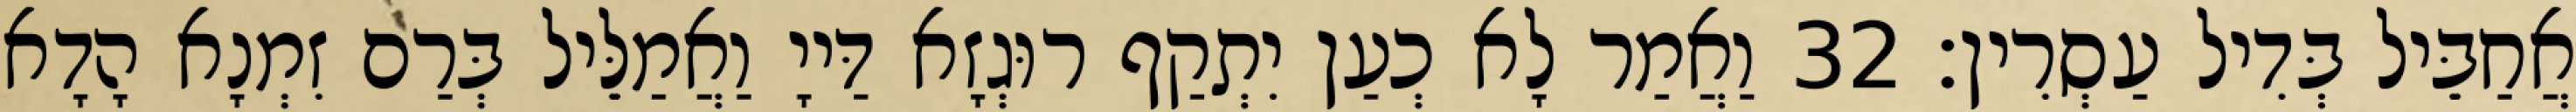
אֲחַבֵּיל בְּדִיל עַסְרִין׃ 32 וַאֲמַר לָא כְעַן יִתְקַף רוּגְזָא דַּייָ וַאֲמַלֵּיל בְּרַם זִמְנָא הָדָא